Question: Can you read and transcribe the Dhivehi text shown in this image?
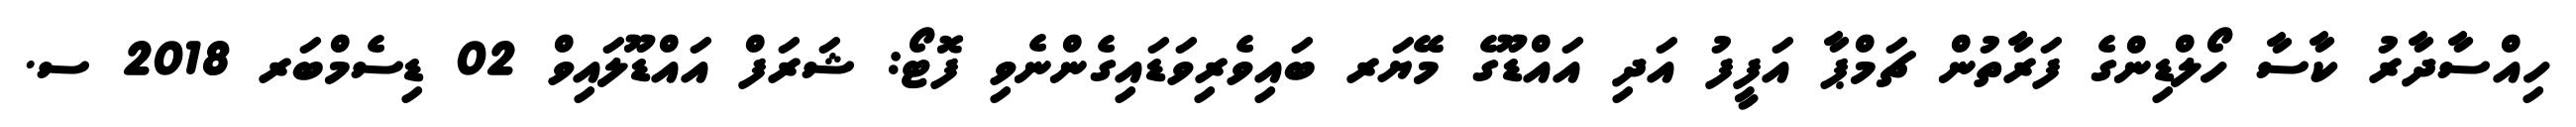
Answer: ހިއްސާދާރު ކާސާ ހޯލްޑިންގެ ފަރާތުން ޗަމްޕާ އަފީފު އަދި އައްޑޫގެ މޭޔަރ ބައިވެރިވަޑައިގެންނެވި ފޮޓޯ: ޝަރަފް އައްޑޫލައިވް 02 ޑިސެމްބަރ 2018 ސ.